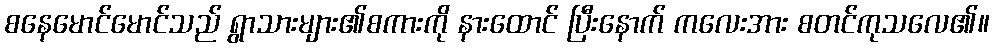
စနေမောင်မောင်သည် ရွာသားများ၏စကားကို နားထောင် ပြီးနောက် ကလေးအား စတင်ကုသလေ၏။